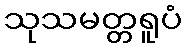
သုသမတ္တရူပံ